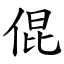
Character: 倱